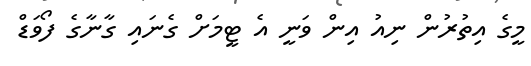
މީގެ އިތުރުން ނިއު އިން ވަނީ އެ ޓީމަށް ގެނައި ގާނާގެ ފޯވަޑް